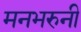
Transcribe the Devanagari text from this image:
मनभरुनी